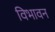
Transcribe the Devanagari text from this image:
विभावन